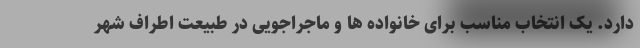
دارد. یک انتخاب مناسب برای خانواده ها و ماجراجویی در طبیعت اطراف شهر